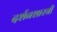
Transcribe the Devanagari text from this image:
दर्शनशास्‍त्री